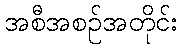
အစီအစဉ်အတိုင်း